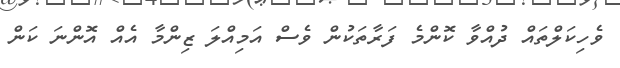
ވެހިކަލްތައް ދުއްވާ ކޮންމެ ފަރާތަކުން ވެސް އަމިއްލަ ޒިންމާ އެއް އޮންނަ ކަން